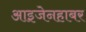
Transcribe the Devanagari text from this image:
आइजेनहाबर